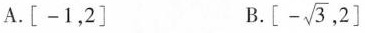
A.\left [-1，2\right] B. \left[-\sqrt{3}，2\right]